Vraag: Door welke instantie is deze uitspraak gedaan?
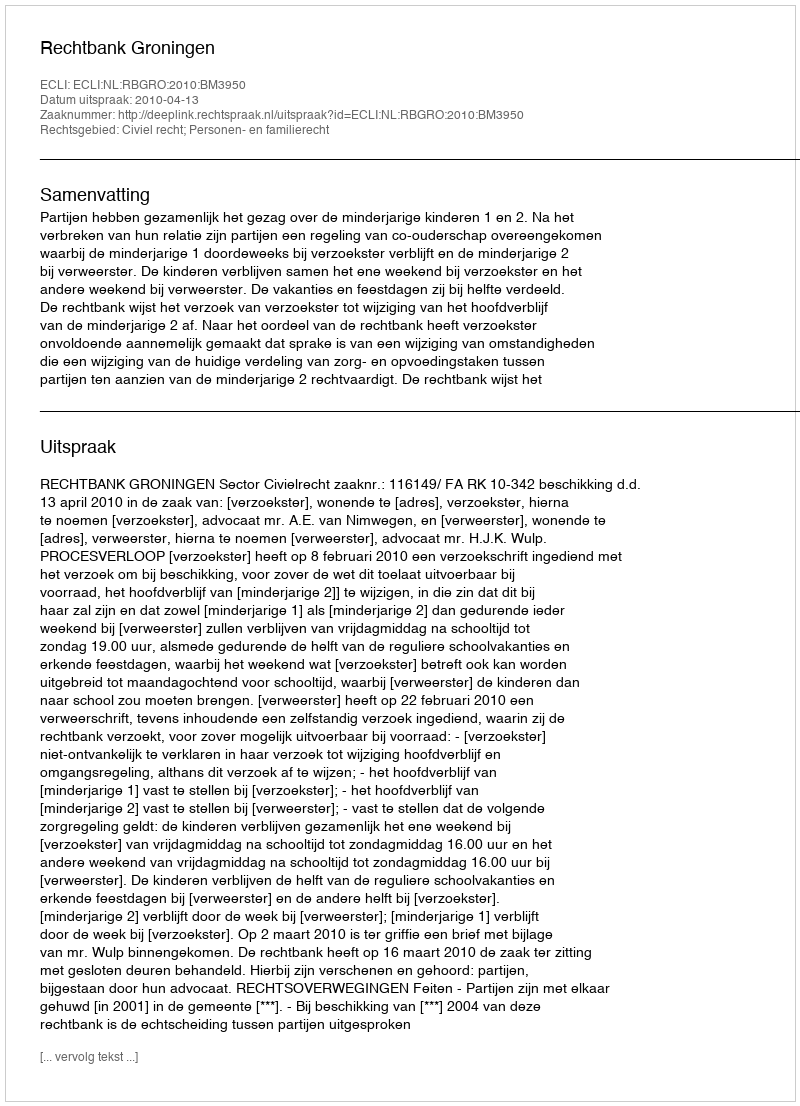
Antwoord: Rechtbank Groningen